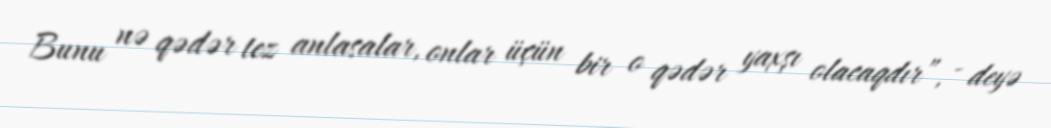
Bunu nə qədər tez anlasalar, onlar üçün bir o qədər yaxşı olacaqdır”, - deyə